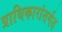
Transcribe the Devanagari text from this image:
प्राधिकारांतर्गत